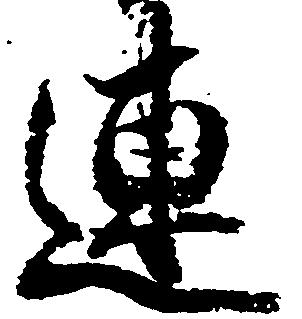
連